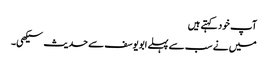
آپ خود کہتے ہیں
میں نے سب سے پہلے ابویوسف سے حدیث سیکھی۔